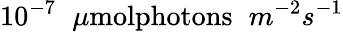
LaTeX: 10^{-7}\phantom{x}\mu\textrm{molphotons}\phantom{x}m^{-2}s^{-1}